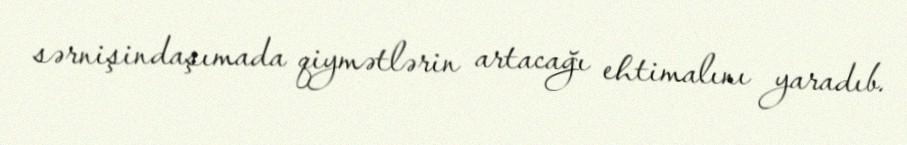
sərnişindaşımada qiymətlərin artacağı ehtimalını yaradıb.